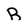
Character: B